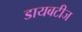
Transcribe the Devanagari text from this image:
डायबटीज